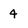
Character: 4